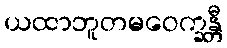
ယထာဘူတမဝေက္ခန္တီ